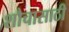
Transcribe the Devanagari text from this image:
शौचासाठी